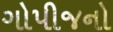
ગોપીજનો